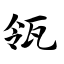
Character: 瓴